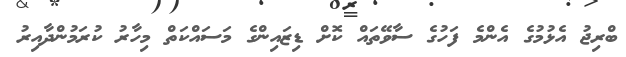
ބްރިޖު އެޅުމުގެ އެންމެ ފަހުގެ ސާވޭތައް ކޮށް ޑިޒައިންގެ މަސައްކަތް މިހާރު ކުރަމުންދާއިރު